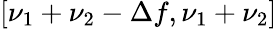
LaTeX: [\nu_{1}+\nu_{2}-\Delta f,\nu_{1}+\nu_{2}]